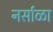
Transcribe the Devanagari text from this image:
नर्साळा